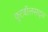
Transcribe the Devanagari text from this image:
फुटबॉलसदृश